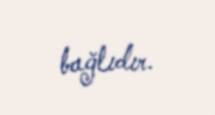
bağlıdır.